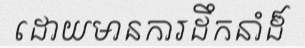
ដោយមានការដឹកនាំដ៏